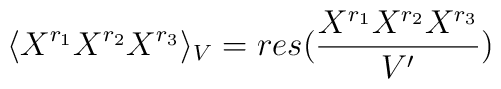
\langle X^{r_1} X^{r_2} X^{r_3} \rangle_V= res({X^{r_1} X^{r_2} X^{r_3}\over V'})